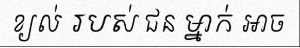
ខ្យល់ របស់ ជន ម្នាក់ អាច